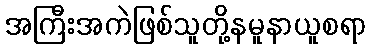
အကြီးအကဲဖြစ်သူတို့နမူနာယူစရာ